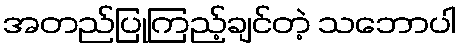
အတည်ပြုကြည့်ချင်တဲ့ သဘောပါ